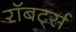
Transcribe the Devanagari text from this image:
रॉबर्ट्‍स